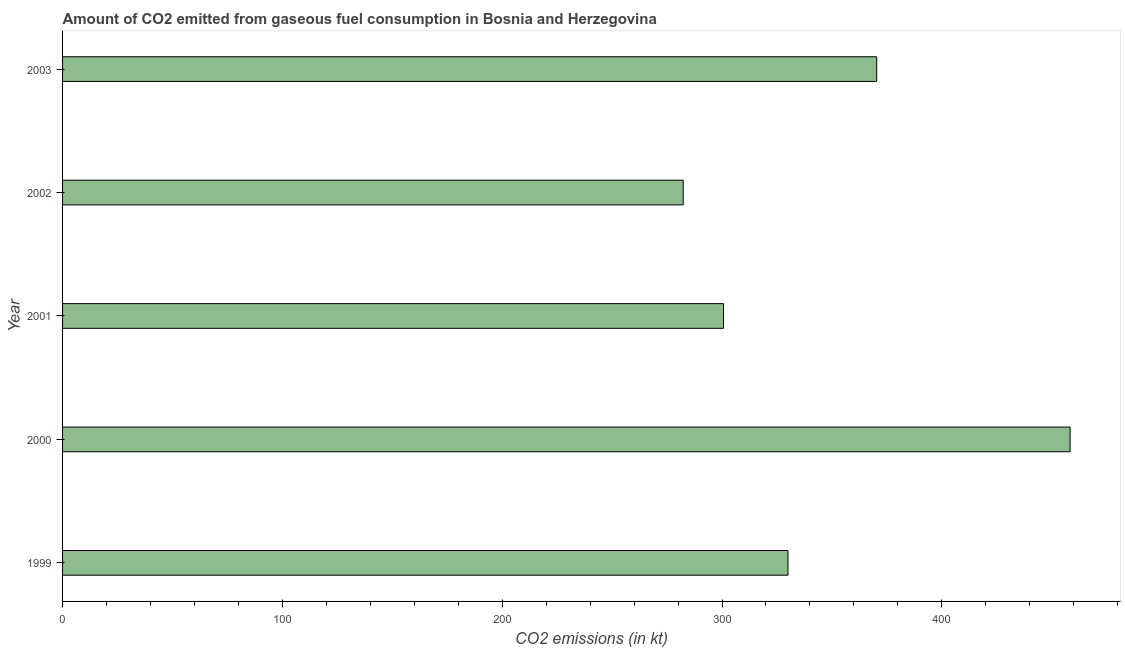
| Year | CO2 emissions from gaseous fuel consumption |
 | --- | --- |
 | 1999 | 330 |
 | 2000 | 458 |
 | 2001 | 301 |
 | 2002 | 282 |
 | 2003 | 370 |